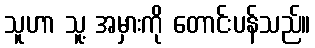
သူဟာ သူ့ အမှားကို တောင်းပန်သည်။